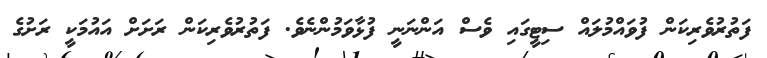
ފަތުރުވެރިކަން ފުވައްމުލައް ސިޓީގައި ވެސް އަންނަނީ ފުޅާވަމުންނެވެ. ފަތުރުވެރިކަން ރަށަށް އައުމަކީ ރަށުގެ